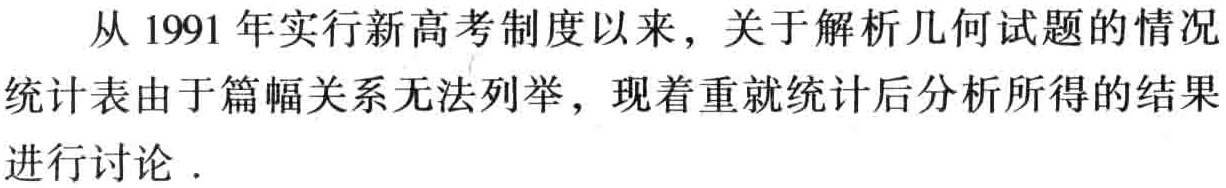
从 1991 年实行新高考制度以来，关于解析几何试题的情况统计表由于篇幅关系无法列举，现着重就统计后分析所得的结果进行讨论 .